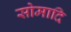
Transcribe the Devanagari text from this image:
सोमादि